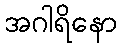
အဂါရိနော